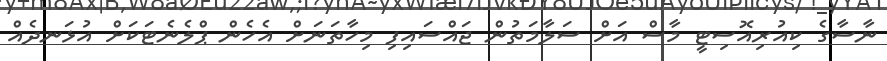
ނާސާގެ ކިއުރިއޮސިޓީ މާސް އަށް ސަލާމަތުން ޖައްސައިފި މިހާތަނަށް އެހެން ޕްލެނެޓަކަށް އުޅަނދެއް